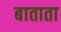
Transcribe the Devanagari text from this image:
बाताता